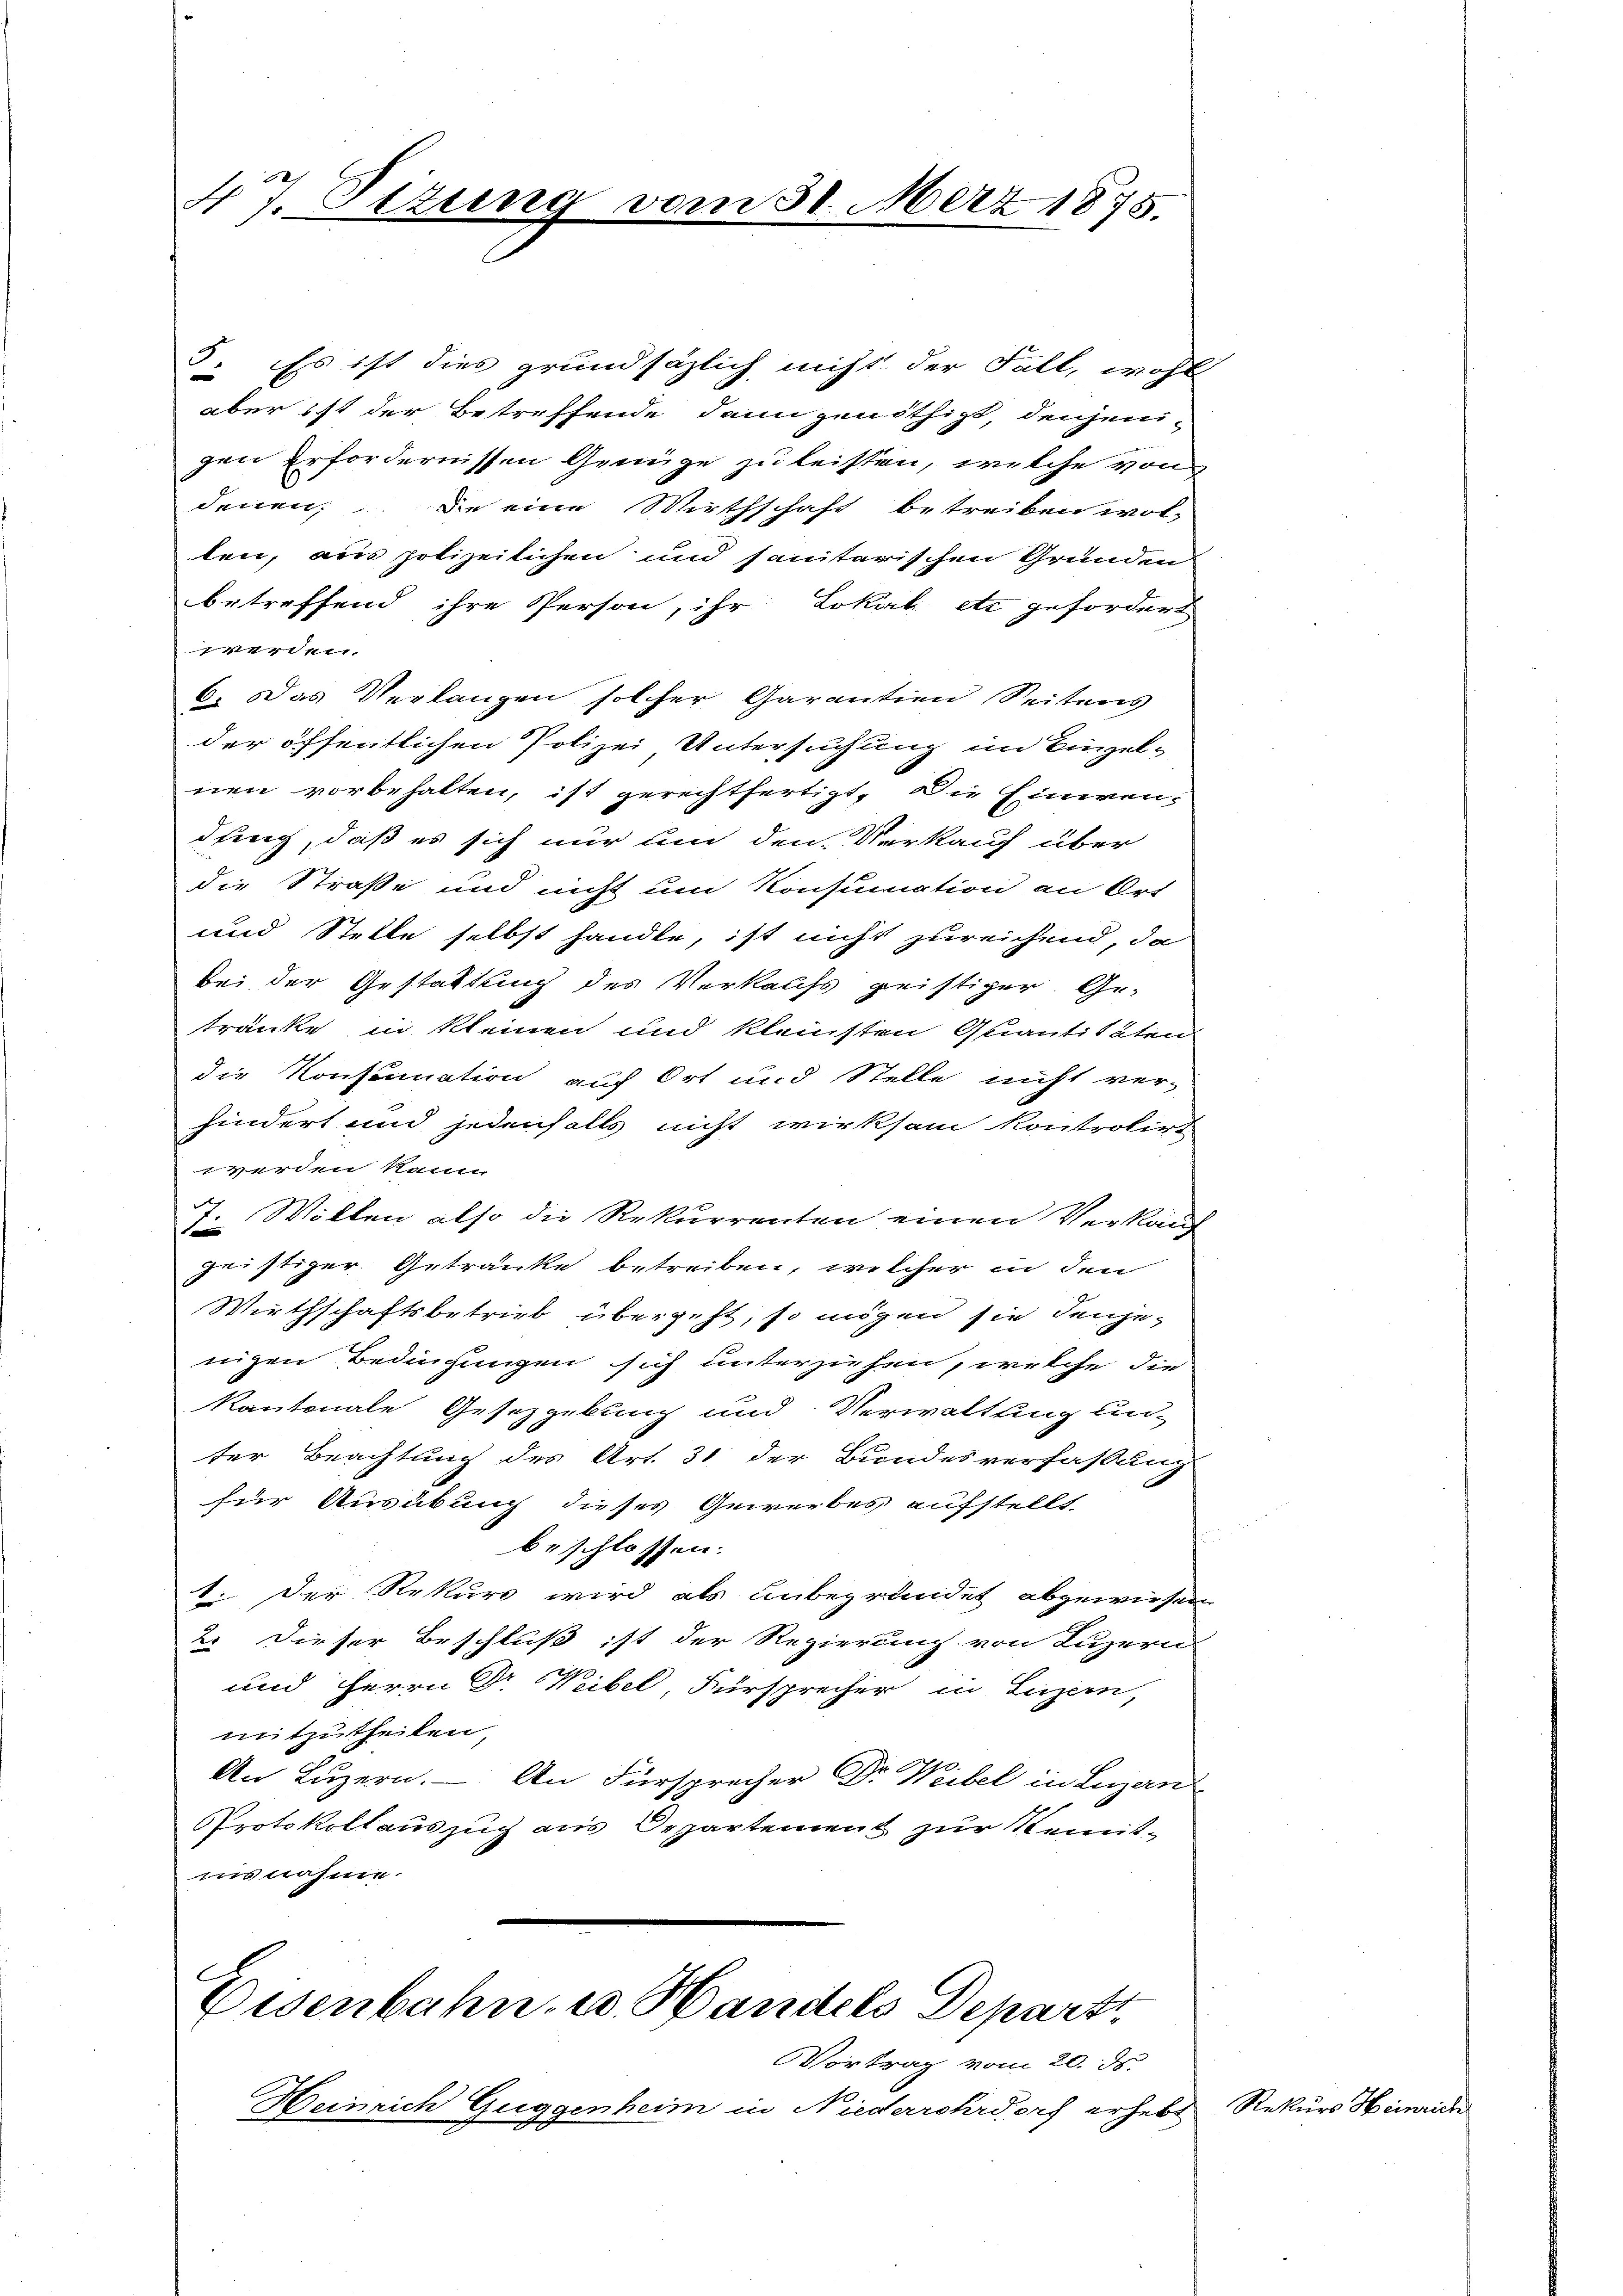
47. Sizung

3. Es ist dies grundsätzlich nicht der Fall, wohl
aber ist der Betreffende dann genöthigt, denjeni-
gen erfordernissen Genüge zu leisten, welche von
denen, die eine Wirthschaft betreiben wol-
ten, aus polizeilichen und saniterischen Grunden
betreffend ihre Person, ihr Lokal etc gefordert
werden.
C. Das Verlangen solcher Garantien Seitens
der öffentlichen Polizei Untersuchung im Einzelnen vorbehalten, ist gerechtfertigt. Die Einwendung, daß es sich nur um den Verkauf über
die Straße und nicht um Konsumation an Ort
und Stelle selbst handle, ist nicht zureichend, da
bei der Gestattung des Verkaufs geistiger. Ge-
tränke in kleinen und kleinsten Quantitäten
die Konsumation auf Ort und Stelle nicht ver-
hindert und jedenfalls nicht wirksam kontrolirt
wwerden kann
7. Willen also die Rekurrenten einen Verkauf
geistiger Getränke betreiben, welcher in den
Wirthschaftsbetrieb übergeht, so mögen sie denjenigen Bedingungen sich unterziehen, welche die
Kantonale Gesetzgebung und Verwaltling un-
ter Beachtung des Art. 31 der Bundesverfassung
für Ausübung dieses Gewerbes aufstellt.
beschlossen:
1. Der Rekurs wird als unbegründet abgewiesen
2. Dieser Beschluß ist der Regierung von Luzern
und Herrn Dr Weibel, Fürsprecher in Luzern,
mitzutheilen,
An Luzern. — An Fürsprecher Dr. Weibel in Lugan
Protokollauszug aus Departement zur Remitinsnahme.

om 31. März 1875.

Eisenbahn, u. Handels Departi

Vortrag vom 20. ds.
Heinrich Guggenheim in Niederrohrdorf erhebt Rekurs Hinric